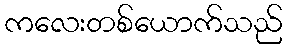
ကလေးတစ်ယောက်သည်